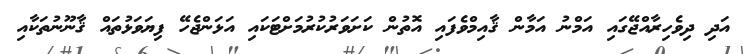
އަދި ދިވެހިރާއްޖޭގައި އަމްނު އަމާން ޤާއިމްވެފައި އޮތުން ކަށަވަރުކުރުމަށްޓަކައި އަޅަންޖެހޭ ފިޔަވަޅުތައް ޤާނޫނުތަކާއި